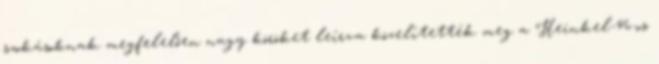
szokásoknak megfelelően nagy köröket leírva közelítették meg a Heinkel-46-os